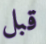
قبل